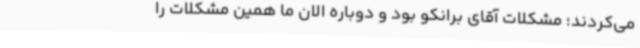
می‌کردند؛ مشکلات آقای برانکو بود و دوباره الان ما همین مشکلات را